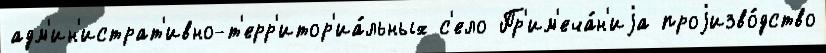
адм'ин'истрат'ивно-т'ерр'итор'иа́льных с'ело Пр'им'еча́н'иjа проjизво́дство